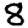
Digit: 8